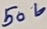
Text: 50V